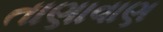
તાણાવાણ